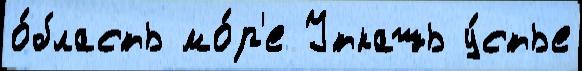
о́бласть мо́р'е Уткашь у́стье